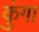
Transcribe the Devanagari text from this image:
कुंगा